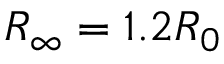
R _ { \infty } = 1 . 2 R _ { 0 }